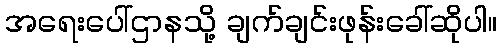
အရေးပေါ်ဌာနသို့ ချက်ချင်းဖုန်းခေါ်ဆိုပါ။